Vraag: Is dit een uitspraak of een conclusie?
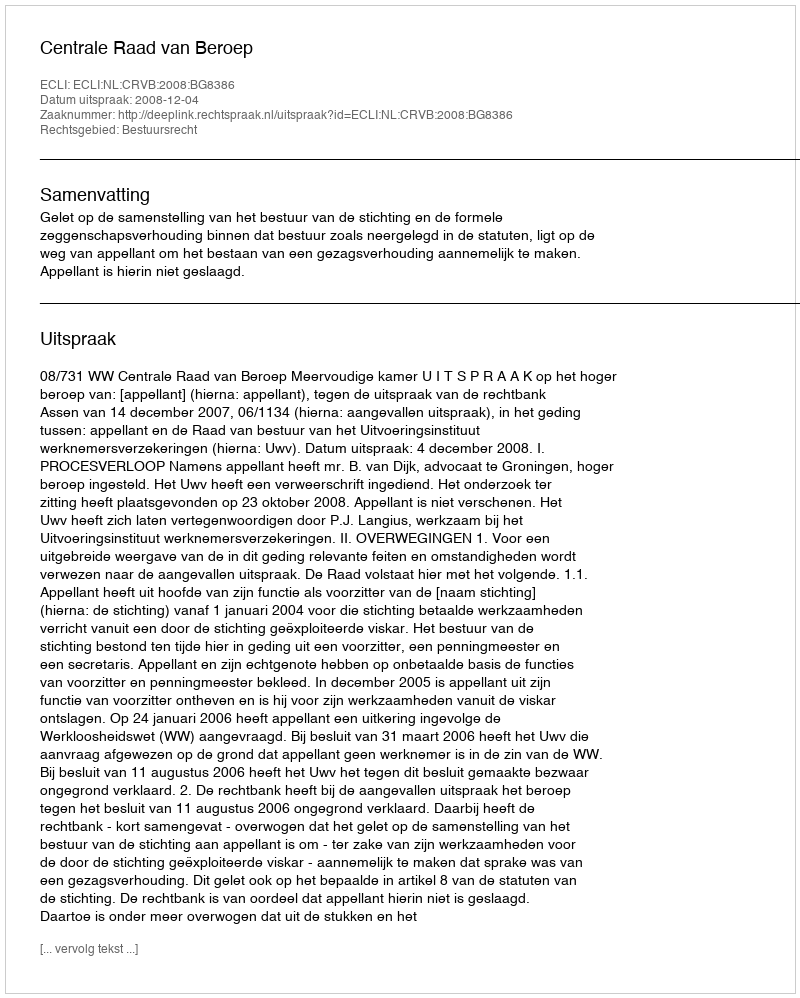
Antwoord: Uitspraak